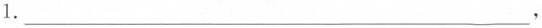
1.___，